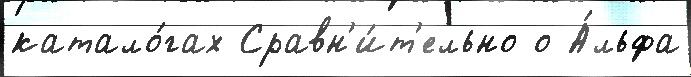
катало́гах Сравн'и́т'ельно о А́льфа